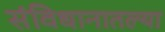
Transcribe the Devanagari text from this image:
संविधानातल्या